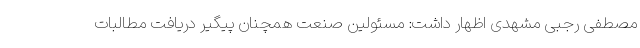
مصطفی رجبی مشهدی اظهار داشت: مسئولین صنعت همچنان پیگیر دریافت مطالبات